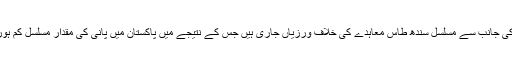
بھارت کی جانب سے مسلسل سندھ طاس معاہدے کی خلاف ورزیاں جاری ہیں جس کے نتیجے میں پاکستان میں پانی کی مقدار مسلسل کم ہورہی ہے۔